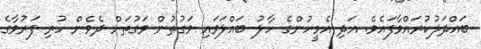
ބައްދަލުކުރައްވާފައެވެ. އަދި އެމީހުންގެ ހާލު ބައްލަވައި ވަގުތުން ވަގުތަށް ދެވެން ހުރި ފަރުވާގެ